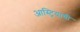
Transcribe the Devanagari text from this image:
आस्ट्रियायी